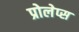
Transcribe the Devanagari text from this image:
प्रोलेप्स